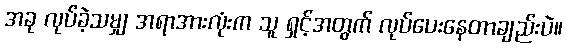
အခု လုပ်ခဲ့သမျှ အရာအားလုံးက သူ ရှင့်အတွက် လုပ်ပေးနေတာချည်းပဲ။